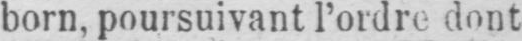
born, poursuivant l’ordre dont